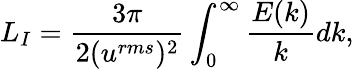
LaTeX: L_{I}=\frac{3\pi}{2(u^{rms})^{2}}\int_{0}^{\infty}\frac{E(k)}{k}dk,